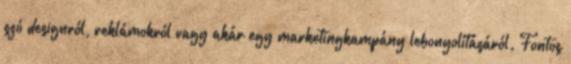
szó designról, reklámokról vagy akár egy marketingkampány lebonyolításáról. Fontos